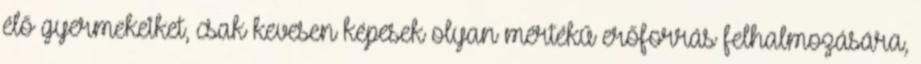
élő gyermekeiket, csak kevesen képesek olyan mértékű erőforrás felhalmozására,